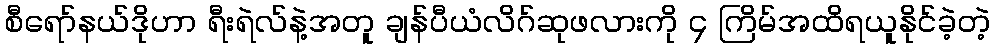
စီရော်နယ်ဒိုဟာ ရီးရဲလ်နဲ့အတူ ချန်ပီယံလိဂ်ဆုဖလားကို ၄ ကြိမ်အထိရယူနိုင်ခဲ့တဲ့